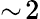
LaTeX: \sim\! 2